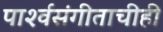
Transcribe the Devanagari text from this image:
पार्श्‍वसंगीताचीही